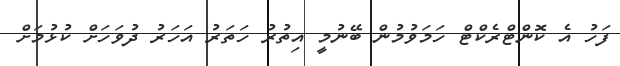
ފަހު އެ ކޮންޓްރެކްޓް ހަމަވުމުން ބޭނުމީ އިތުރު ހަތަރު އަހަރު ދުވަހަށް ކުޅުމަށް